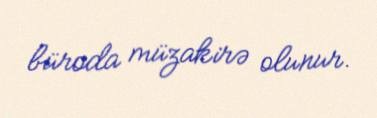
büroda müzakirə olunur.